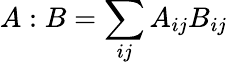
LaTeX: A:B=\sum_{ij}A_{ij}B_{ij}